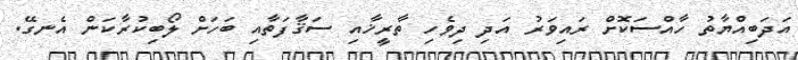
އަދަބިއްޔާތު ހާއްސަކޮށް ރައިވަރު އަދި ދިވެހި ތާރީޚާއި ސަޤާފަތާއި ބަހަށް ލޯބިކުރާކަން އެނގޭ.